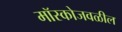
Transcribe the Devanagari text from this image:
मॉस्कोजवळील